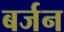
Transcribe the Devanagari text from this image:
बर्जन